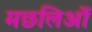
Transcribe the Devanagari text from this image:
मछलिओं